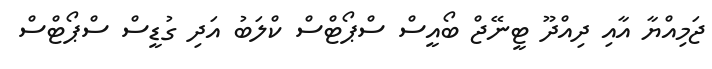
ޖަމިއްޔާ އާއި ދިއްދޫ ޓީނޭޖް ބޯއީސް ސްޕޯޓްސް ކްލަބު އަދި ގުޑީސް ސްޕޯޓްސް